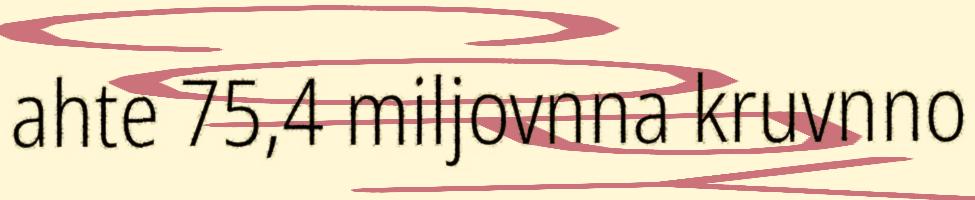
ahte 75,4 miljovnna kruvnno